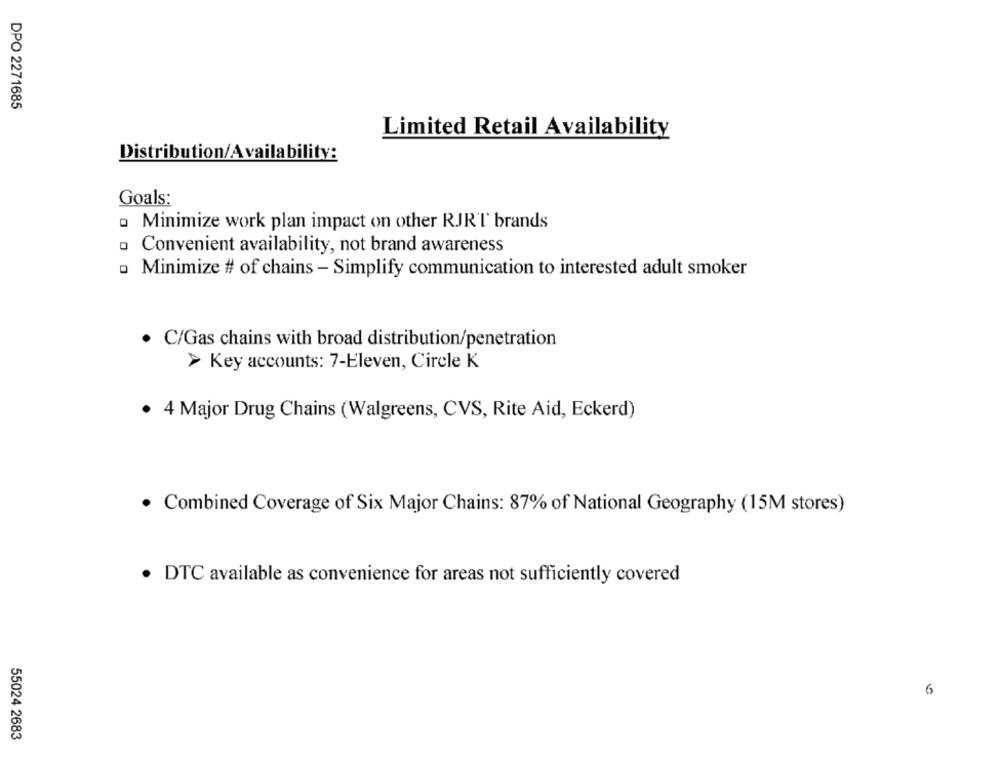
DPO 2271685
Limited Retail Availability
Distribution/Availability:
Goals:
o Minimize work plan impact on other RJR'T brands
· Convenient availability, not brand awareness
· Minimize # of chains - Simplify communication to interested adult smoker
· C/Gas chains with broad distribution/penetration
> Key accounts: 7-Eleven, Circle K
4 Major Drug Chains (Walgreens, CVS, Rite Aid, Eckerd)
· Combined Coverage of Six Major Chains: 87% of National Geography (15M stores)
· DTC available as convenience for areas not sufficiently covered
6
55024 2683